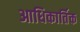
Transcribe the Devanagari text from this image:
आधिकार्तिक